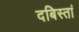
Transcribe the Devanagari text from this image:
दबिस्तां